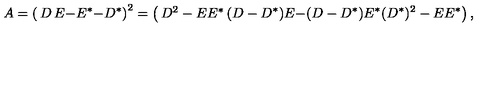
A = \left( \begin{matrix} { D } & { E } \\ { - E ^ { \ast } } & { - D ^ { \ast } } \\ \end{matrix} \right) ^ { 2 } = \left( \begin{matrix} { D ^ { 2 } - E E ^ { \ast } } & { ( D - D ^ { \ast } ) E } \\ { - ( D - D ^ { \ast } ) E ^ { \ast } } & { ( D ^ { \ast } ) ^ { 2 } - E E ^ { \ast } } \\ \end{matrix} \right) ,